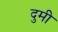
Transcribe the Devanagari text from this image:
दुमी